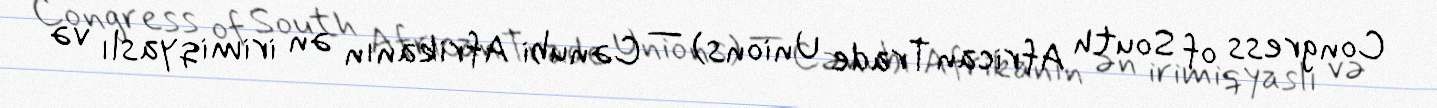
Congress of South African Trade Unions) — Cənubi Afrikanın ən irimiqyaslı və